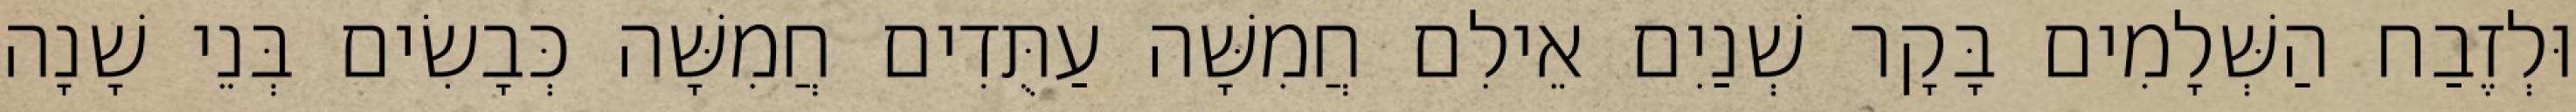
וּלְזֶבַח הַשְּׁלָמִים בָּקָר שְׁנַיִם אֵילִם חֲמִשָּׁה עַתֻּדִים חֲמִשָּׁה כְּבָשִׂים בְּנֵי שָׁנָה